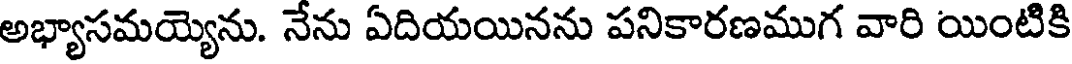
అభ్యాసమయ్యెను. నేను ఏదియయినను పనికారణముగ వారి యింటికి